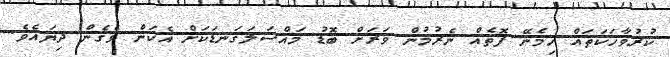
ކުރުވާހަކަތައް ހިމެނޭ ފޮތެއް ނެރުމުން ވަރަށް ބޮޑު މައްސަލަގަނޑަކަށް އެކަން ވެގެން ދިޔައެވެ.